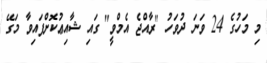
މި މަހުގެ 24 ވަނަ ދުވަހު "ރާއްޖެ އެމްވީ" ގައި ޝާއިޢުކޮށްފައިވާ މަގޭ